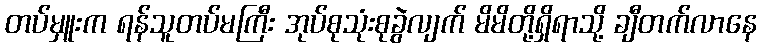
တပ်မှူးက ရန်သူတပ်မကြီး အုပ်စုသုံးစုခွဲလျက် မိမိတို့ရှိရာသို့ ချီတက်လာနေ